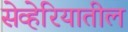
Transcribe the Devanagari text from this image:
सेव्हेरियातील